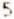
5